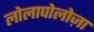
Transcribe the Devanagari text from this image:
लोलापोलोज़ा